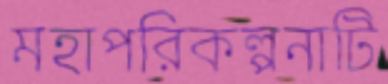
মহাপরিকল্পনাটি